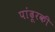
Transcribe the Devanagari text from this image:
पांढूरकी